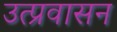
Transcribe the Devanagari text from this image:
उत्प्रवासन